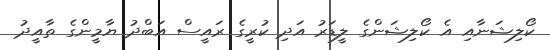
ކޯލިޝަނާއި އެ ކޯލިޝަންގެ ލީޑަރު އަދި ކުރީގެ ރައީސް އަބްދު ޔާމީންގެ ތާއީދު